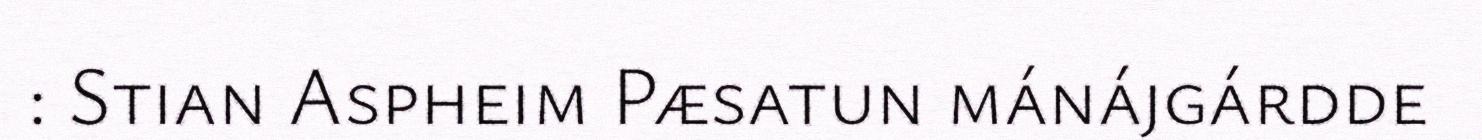
: Stian Aspheim Pæsatun mánájgárdde